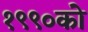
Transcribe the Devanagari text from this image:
१९९०को